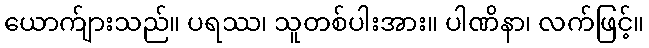
ယောက်ျားသည်။ ပရဿ၊ သူတစ်ပါးအား။ ပါဏိနာ၊ လက်ဖြင့်။